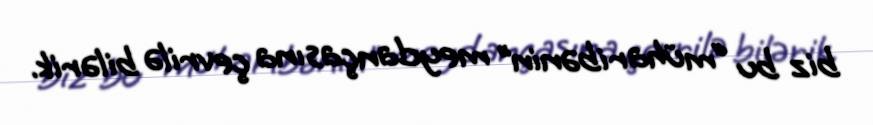
biz bu “müharibənin” meydançasına çevrilə bilərik.